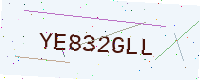
Text: YE832GLL